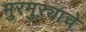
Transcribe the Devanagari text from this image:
मुरमुऱ्याचे